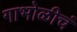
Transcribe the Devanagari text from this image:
गाभोळीचं